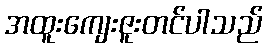
အထူးကျေးဇူးတင်ပါသည်